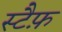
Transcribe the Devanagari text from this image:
स्टैफ़